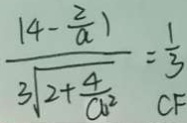
\frac { \vert 4 - \frac { 2 } { a } \vert } { 3 \sqrt { 2 } + \frac { 4 } { a ^ { 2 } } } = \frac { 1 } { 3 }